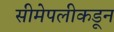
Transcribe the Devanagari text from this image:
सीमेपलीकडून